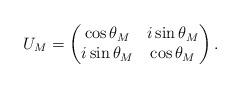
LaTeX: \begin{align*} U_M=\begin{pmatrix} \cos\theta_M&i \sin\theta_M\\i \sin\theta_M& \cos\theta_M\\\end{pmatrix}.\end{align*}